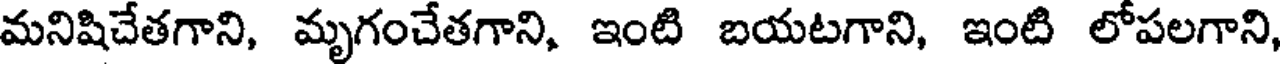
మనిషిచేతగాని, మృగంచేతగాని, ఇంటి బయటగాని, ఇంటి లోపలగాని,